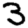
Digit: 3